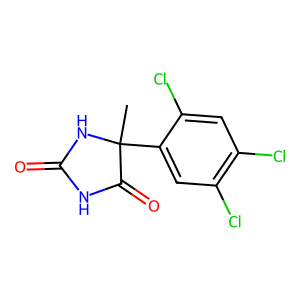
SMILES: CC1(c2cc(Cl)c(Cl)cc2Cl)NC(=O)NC1=O
Inhibits HIV replication: No